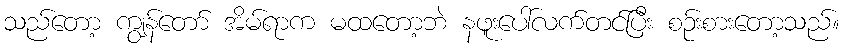
သည်တော့ ကျွန်တော် အိမ်ရာက မထတော့ဘဲ နဖူးပေါ်လက်တင်ပြီး စဉ်းစားတော့သည်။